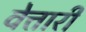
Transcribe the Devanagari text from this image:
वेत्तारी